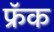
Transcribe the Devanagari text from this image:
फ्रॅक